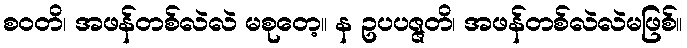
စဝတိ၊ အဖန်တစ်လဲလဲ မစုတေ့။ န ဥပပဇ္ဇတိ၊ အဖန်တစ်လဲလဲမဖြစ်။